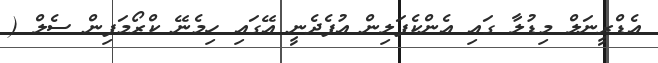
އެޑްރީނަލް މިޑުލާ ގައި އެންކެފަލިން އުފެދެނީ އޭގައި ހިމެނޭ ކްރޯމަފިން ސެލް (